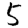
Digit: 5